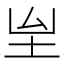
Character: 𡉸